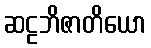
ဆဠဘိဇာတိယော